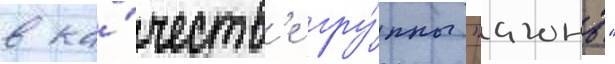
в ка́честв'е гру́ппы "агонь"